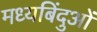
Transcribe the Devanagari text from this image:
मध्यबिंदुओं